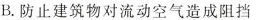
B.防止建筑物对流动空气造成阻挡